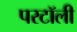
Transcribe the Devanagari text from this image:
परटॉली